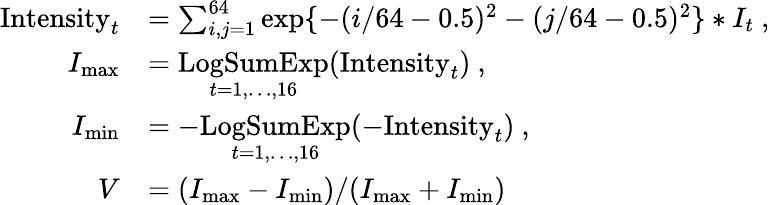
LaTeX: \begin{array}{rl}{\mathrm{Intensity}_{t}}&{=\sum_{i,j=1}^{64}\exp\{ -(i/64-0.5)^{2}-(j/64-0.5)^{2}\} *I_{t}\ ,}\\ {I_{\mathrm{max}}}&{=\underset{t=1,\ldots,16}{\mathrm{LogSumExp}}(\mathrm{Intensity}_{t})\ ,}\\ {I_{\mathrm{min}}}&{=-\underset{t=1,\ldots,16}{\mathrm{LogSumExp}}(-\mathrm{Intensity}_{t})\ ,}\\ {V}&{=(I_{\mathrm{max}}-I_{\mathrm{min}})/(I_{\mathrm{max}}+I_{\mathrm{min}})}\end{array}